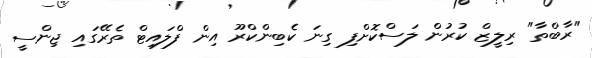
"ރާބްތާ" ރިލީޒް ކުރުން ލަސްކޮށްފި ގިނަ ކެބިންކްރޫ އިން ފްލައިޓް ތެރޭގައި ޖިންސީ